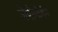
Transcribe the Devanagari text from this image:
जेपीमोर्गन